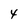
Character: 4